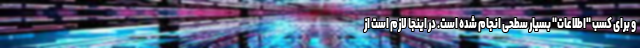
و برای کسب "اطلاعات" بسیار سطحی انجام شده است. در اینجا لازم است از